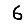
Digit: 6